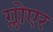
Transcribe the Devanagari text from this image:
ग्लोएर